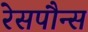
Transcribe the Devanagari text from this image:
रेसपौन्स